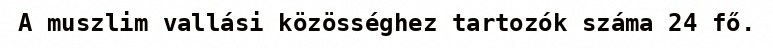
A muszlim vallási közösséghez tartozók száma 24 fő.